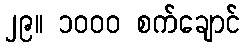
၂၉။ ၁၀၀၀ စက်ချောင်